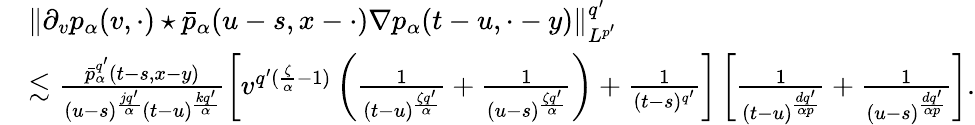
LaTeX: \begin{array}{rl}&{\Vert\partial_{v}p_{\alpha}(v,\cdot)\star\bar{p}_{\alpha}(u-s,x-\cdot)\nabla p_{\alpha}(t-u,\cdot-y)\Vert_{L^{p^{\prime}}}^{q^{\prime}}}\\ &{\lesssim\frac{\bar{p}_{\alpha}^{q^{\prime}}(t-s,x-y)}{(u-s)^{\frac{jq^{\prime}}{\alpha}}(t-u)^{\frac{kq^{\prime}}{\alpha}}}\left[v^{q^{\prime}(\frac{\zeta}{\alpha}-1)}\left(\frac{1}{(t-u)^{\frac{\zeta q^{\prime}}{\alpha}}}+\frac{1}{(u-s)^{\frac{\zeta q^{\prime}}{\alpha}}}\right)+\frac{1}{(t-s)^{q^{\prime}}}\right]\left[\frac{1}{(t-u)^{\frac{dq^{\prime}}{\alpha p}}}+\frac{1}{(u-s)^{\frac{dq^{\prime}}{\alpha p}}}\right].}\end{array}